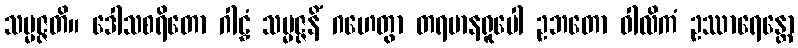
သမ္မဇ္ဇတိ။ ဒေါသစရိတော ဂါဠှံ သမ္မဇ္ဇနိံ ဂဟေတွာ တရမာနရူပေါ ဥဘတော ဝါလိကံ ဥဿာရေန္တော